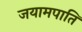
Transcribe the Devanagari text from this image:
जयामपाति